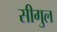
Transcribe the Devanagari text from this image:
सीगुल